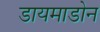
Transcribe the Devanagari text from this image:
डायमाडोन